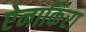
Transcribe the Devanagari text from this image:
ऐनाकिंरा